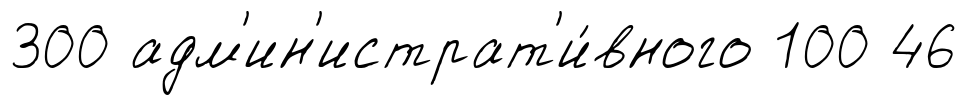
300 адм'ин'истрат'и́вного 100 46